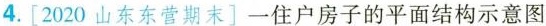
4.[2020山东东营期末]一住户房子的平面结构示意图